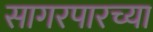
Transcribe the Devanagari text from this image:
सागरपारच्या